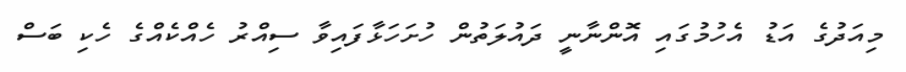
މިއަދުގެ އަޑު އެހުމުގައި އޮންނާނީ ދައުލަތުން ހުށަހަޅާފައިވާ ސިއްރު ހެއްކެއްގެ ހެކި ބަސް